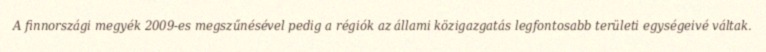
A finnországi megyék 2009‑es megszűnésével pedig a régiók az állami közigazgatás legfontosabb területi egységeivé váltak.